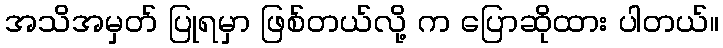
အသိအမှတ် ပြုရမှာ ဖြစ်တယ်လို့ က ပြောဆိုထား ပါတယ်။